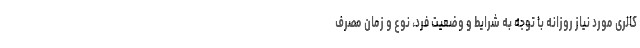
کالری مورد نیاز روزانه با توجه به شرایط و وضعیت فرد، نوع و زمان مصرف